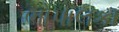
ભોપાલકા